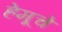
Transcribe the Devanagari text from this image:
हेमूचे